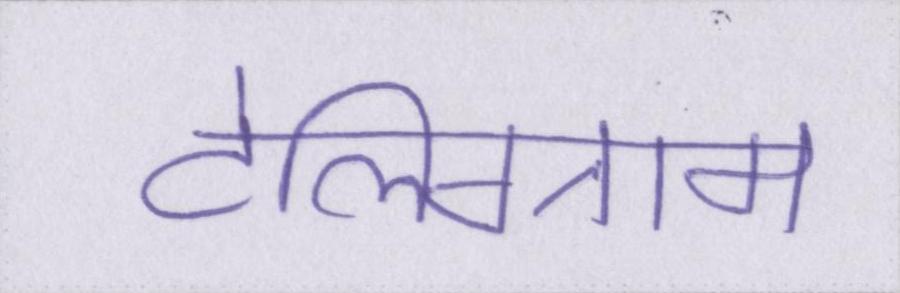
टेलिग्राम